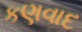
કણવાદ